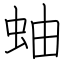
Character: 蚰